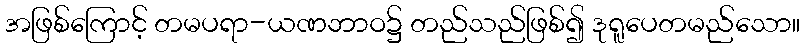
အဖြစ်ကြောင့် တမပရာ-ယဏဘာဝ၌ တည်သည်ဖြစ်၍ ဒုရူပေတမည်သော။